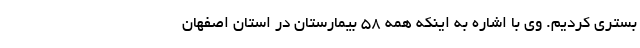
بستری کردیم. وی با اشاره به اینکه همه 58 بیمارستان در استان اصفهان